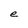
Character: e